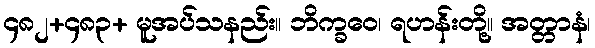
၄၈၂+၄၈၃+ မူအပ်သနည်း။ ဘိက္ခဝေ၊ ရဟန်းတို့။ အတ္တာနံ၊